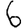
Digit: 6